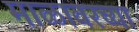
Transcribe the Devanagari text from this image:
माळावरच्या